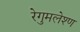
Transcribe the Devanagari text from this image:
रेगुमलेश्ण